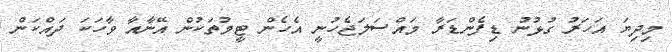
މިދިޔަ އަހަރު ގުޅުނު ޑިފެންޑަރާ މައްސަލަޖެހުނީ އެހެން ޓީމުތަކުން އޭނާއާ ވާހަކަ ދައްކަން